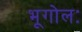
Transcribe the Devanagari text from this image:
भूगोलः